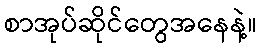
စာအုပ်ဆိုင်တွေအနေနဲ့။